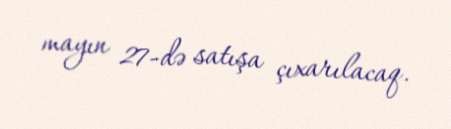
mayın 27-də satışa çıxarılacaq.